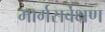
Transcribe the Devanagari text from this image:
मार्गसर्वेक्षण